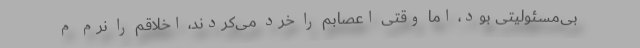
بی‌مسئولیتی بود، اما وقتی اعصابم را خرد می‌کردند، اخلاقم را نرم م